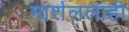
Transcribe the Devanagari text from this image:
मार्शललाही